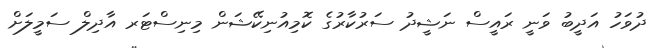
ދުވަހު އަދީބު ވަނީ ރައީސް ނަޝީދު ސަރުކާރުގެ ކޮމިއުނިކޭޝަން މިނިސްޓަރ އާދިލް ސަމީލަށް